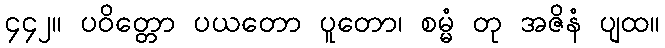
၄၄၂။ ပဝိတ္တော ပယတော ပူတော၊ စမ္မံ တု အဇိနံ ပျထ။